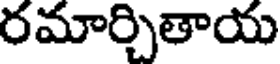
రమార్చితాయ